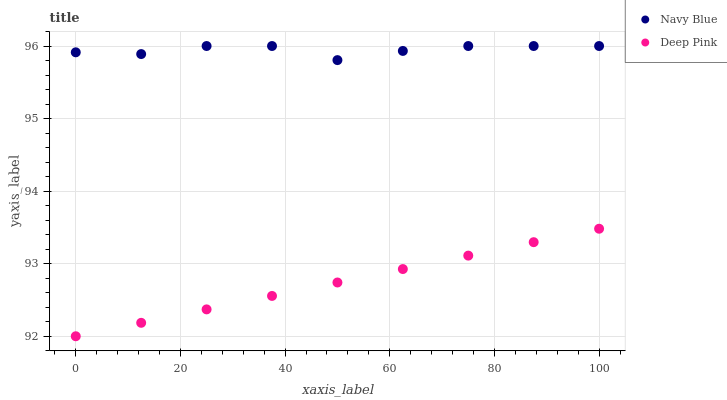
| xaxis_label | Navy Blue | Deep Pink |
 | --- | --- | --- |
 | 0 | 95.9 | 92 |
 | 12.5 | 95.9 | 92.2 |
 | 25 | 96 | 92.4 |
 | 37.5 | 96 | 92.6 |
 | 50 | 95.8 | 92.7 |
 | 62.5 | 95.9 | 92.9 |
 | 75 | 96 | 93.1 |
 | 87.5 | 96 | 93.3 |
 | 100 | 96 | 93.5 |